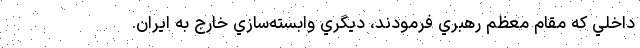
داخلي كه مقام معظم رهبري فرمودند، ديگري وابسته‌سازي خارج به ايران.